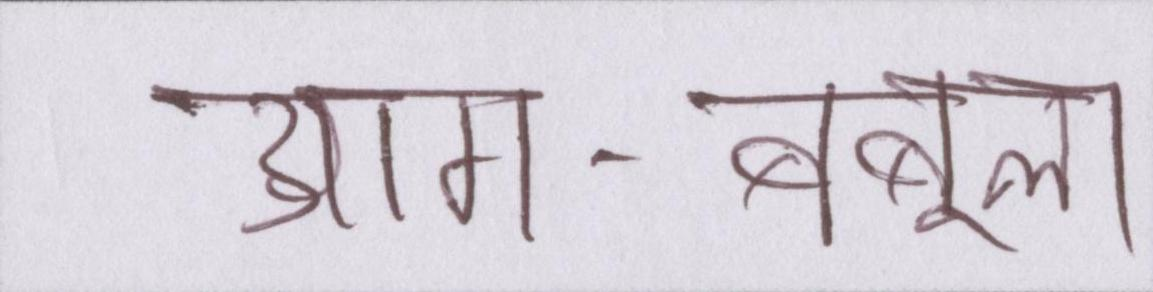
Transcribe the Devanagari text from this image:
आग-बबूला